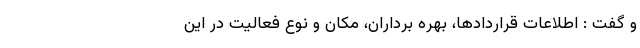
و گفت : اطلاعات قراردادها، بهره برداران، مکان و نوع فعالیت در این